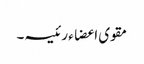
مقوی اعضاء رئیسہ۔